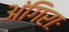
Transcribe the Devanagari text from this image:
अंगिराः